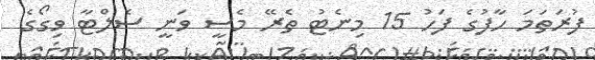
ފުރަތަމަ ހާފުގެ ފަހު 15 މިނެޓު ތެރޭ މެސީ ވަނީ ސެލްޓާ ވިގޯގެ